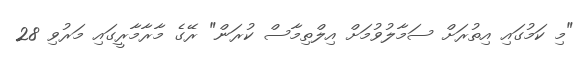
"މި ކަމުގައި އިތުރަށް ސަމާލުވުމަށް އިލްތިމާސް ކުރަން" ރޭގެ މާރާމާރީގައި މަރުވި 28